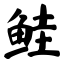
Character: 鲑